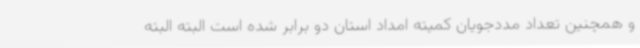
و همچنین تعداد مددجویان کمیته امداد استان دو برابر شده است البته البته